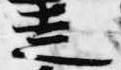
走